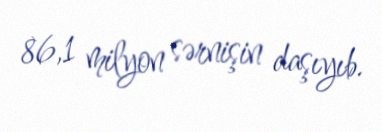
86,1 milyon sərnişin daşıyıb.